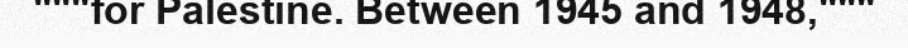
"""for Palestine. Between 1945 and 1948,"""